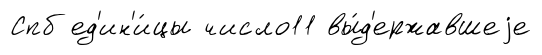
Спб ед'ин'и́цы число11 вы́д'ержавшеjе